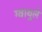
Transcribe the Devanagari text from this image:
ग्वायुले